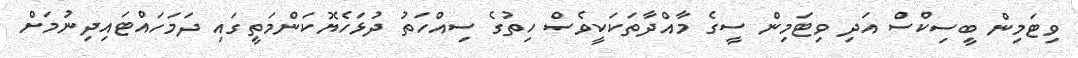
ވިޓަމިން ބީސިކްސް އަދި ވިޓަމިން ސީގެ މާއްދާތަކަކީވެސް ހިތުގެ ސިއްހަތު ދުޅަހެޔޮކަންމަތީގައި ދަމަހައްޓައިދިނުމަށް